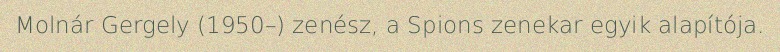
Molnár Gergely (1950–) zenész, a Spions zenekar egyik alapítója.